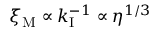
\xi _ { \mathrm { M } } \propto k _ { \mathrm { I } } ^ { - 1 } \propto \eta ^ { 1 / 3 }